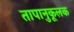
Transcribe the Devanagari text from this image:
तापानुकूलक